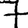
Digit: 7